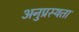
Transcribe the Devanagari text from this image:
अनुप्रस्थता